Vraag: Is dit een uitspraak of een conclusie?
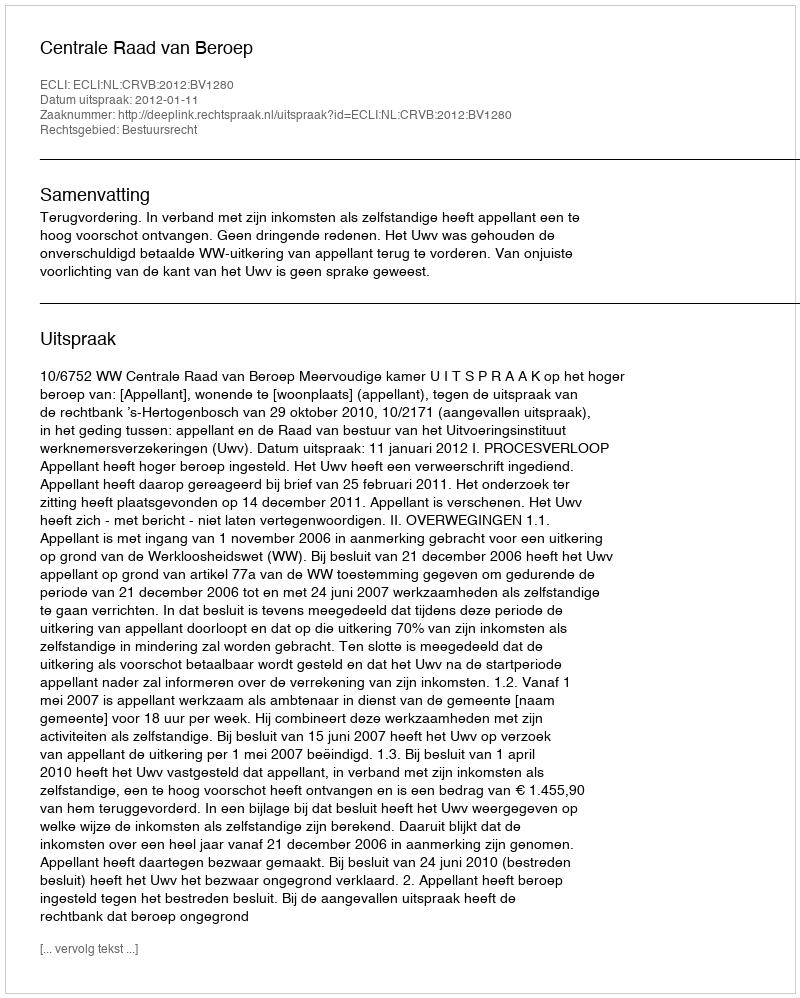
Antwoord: Uitspraak